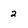
Character: 2